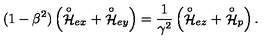
( 1 - \beta ^ { 2 } ) \left( \stackrel { \circ } { \cal H } _ { e x } + \stackrel { \circ } { \cal H } _ { e y } \right) = \frac { 1 } { \gamma ^ { 2 } } \left( \stackrel { \circ } { \cal H } _ { e z } + \stackrel { \circ } { \cal H } _ { p } \right) .